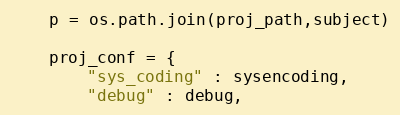
Language: Python
    p = os.path.join(proj_path,subject)

    proj_conf = {
        "sys_coding" : sysencoding,
        "debug" : debug,